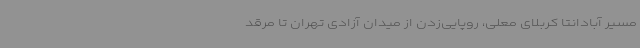
مسیر آبادانتا کربلای معلی، روپایی‌زدن از میدان آزادی تهران تا مرقد